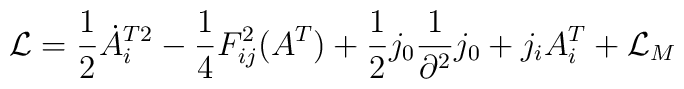
{\cal L} = \frac{1}{2} \dot A_i^{T2} - \frac{1}{4} F_{ij}^2 (A^T) +\frac{1}{2} j_0\frac{1}{\partial^2}j_0 + j_i A_i^T +{\cal L}_M